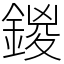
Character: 鍐